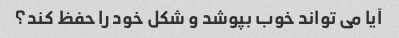
آیا می تواند خوب بپوشد و شکل خود را حفظ کند؟